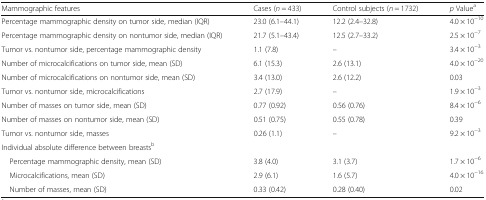
| Mammographic features | Cases (n = 433) | Control subjects (n = 1732) | p Valuea |
 | --- | --- | --- | --- |
 | Percentage mammographic density on tumor side, median (IQR) | 23.0 (6.1–44.1) | 12.2 (2.4–32.8) | 4.0 × 10−10 |
 | Percentage mammographic density on nontumor side, median (IQR) | 21.7 (5.1–43.4) | 12.5 (2.7–33.2) | 2.5 × 10−7 |
 | Tumor vs. nontumor side, percentage mammographic density | 1.1 (7.8) | – | 3.4 × 10−3 |
 | Number of microcalcifications on tumor side, mean (SD) | 6.1 (15.3) | 2.6 (13.1) | 4.0 × 10−20 |
 | Number of microcalcifications on nontumor side, mean (SD) | 3.4 (13.0) | 2.6 (12.2) | 0.03 |
 | Tumor vs. nontumor side, microcalcifications | 2.7 (17.9) | – | 1.9 × 10−3 |
 | Number of masses on tumor side, mean (SD) | 0.77 (0.92) | 0.56 (0.76) | 8.4 × 10−6 |
 | Number of masses on nontumor side, mean (SD) | 0.51 (0.75) | 0.55 (0.78) | 0.39 |
 | Tumor vs. nontumor side, masses | 0.26 (1.1) | – | 9.2 × 10−3 |
 | <COLSPAN=4> Individual absolute difference between breastsb |
 | Percentage mammographic density, mean (SD) | 3.8 (4.0) | 3.1 (3.7) | 1.7 × 10−6 |
 | Microcalcifications, mean (SD) | 2.9 (6.1) | 1.6 (5.7) | 4.0 × 10−16 |
 | Number of masses, mean (SD) | 0.33 (0.42) | 0.28 (0.40) | 0.02 |